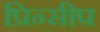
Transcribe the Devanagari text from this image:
प्रिन्सीप